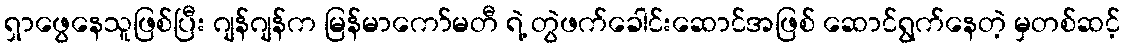
ရှာဖွေနေသူဖြစ်ပြီး ဂျန်ဂျန်က မြန်မာကော်မတီ ရဲ့ တွဲဖက်ခေါင်းဆောင်အဖြစ် ဆောင်ရွက်နေတဲ့ မှတစ်ဆင့်